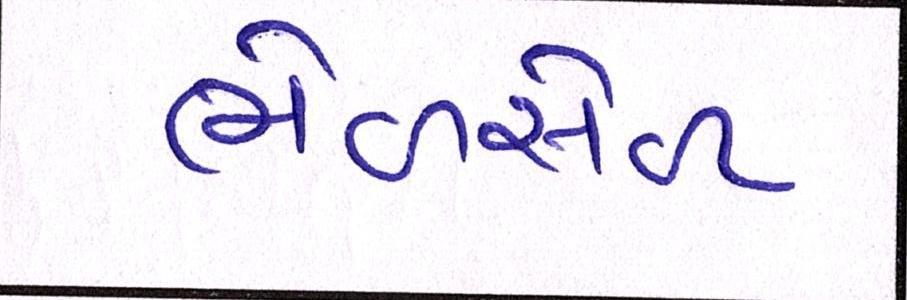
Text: ભેળસેળ